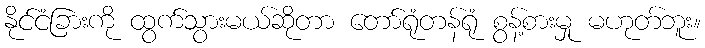
နိုင်ငံခြားကို ထွက်သွားမယ်ဆိုတာ တော်ရုံတန်ရုံ စွန့်စားမှု မဟုတ်ဘူး။